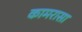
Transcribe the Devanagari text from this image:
कामरासा